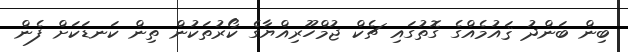
ބިން ބަންދު ޤައުމެއްގެ ގޮތުގައި ޗެކް ޖުމްހޫރިއްޔާގެ ކޯރުތަކުން ތިން ކަނޑަކަށް ފެން